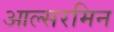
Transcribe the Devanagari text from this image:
आल्सरमिन